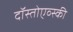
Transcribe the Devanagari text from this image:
दॉस्तोएव्स्की